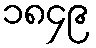
၁၈၄၉